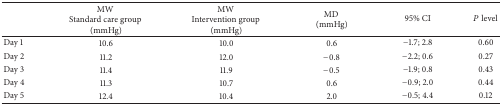
<table><thead><tr><td><b> </b></td><td><b>MW Standard care group (mmHg)</b></td><td><b>MW Intervention group (mmHg)</b></td><td><b>MD (mmHg)</b></td><td><b>95% CI</b></td><td><b><i>P</i> level</b></td></tr></thead><tbody><tr><td>Day 1</td><td>10.6</td><td>10.0</td><td>0.6</td><td>−1.7; 2.8</td><td>0.60</td></tr><tr><td>Day 2</td><td>11.2</td><td>12.0</td><td>−0.8</td><td>−2.2; 0.6</td><td>0.27</td></tr><tr><td>Day 3</td><td>11.4</td><td>11.9</td><td>−0.5</td><td>−1.9; 0.8</td><td>0.43</td></tr><tr><td>Day 4</td><td>11.3</td><td>10.7</td><td>0.6</td><td>−0.9; 2.0</td><td>0.44</td></tr><tr><td>Day 5</td><td>12.4</td><td>10.4</td><td>2.0</td><td>−0.5; 4.4</td><td>0.12</td></tr></tbody></table>